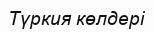
Түркия көлдері